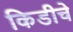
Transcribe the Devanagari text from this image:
किडीचे